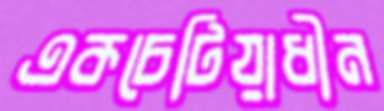
একচেটিয়াধীন